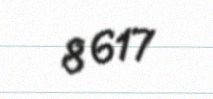
8 617